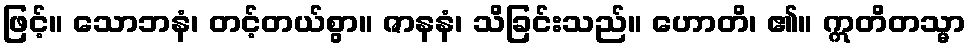
ဖြင့်။ သောဘနံ၊ တင့်တယ်စွာ။ ဇာနနံ၊ သိခြင်းသည်။ ဟောတိ၊ ၏။ ဣတိတသ္မာ